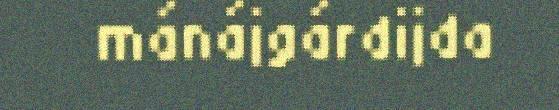
mánájgárdijda